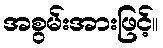
အစွမ်းအားဖြင့်။